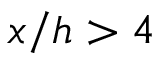
x / h > 4